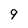
Character: 9